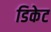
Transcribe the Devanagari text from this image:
डिकेट